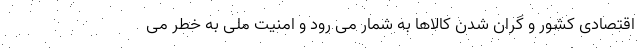
اقتصادی کشور و گران شدن کالاها به شمار می رود و امنیت ملی به خطر می